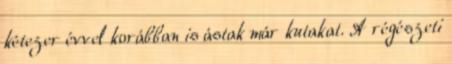
kétezer évvel korábban is ástak már kutakat. A régészeti